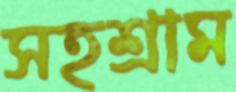
সহশ্রাম